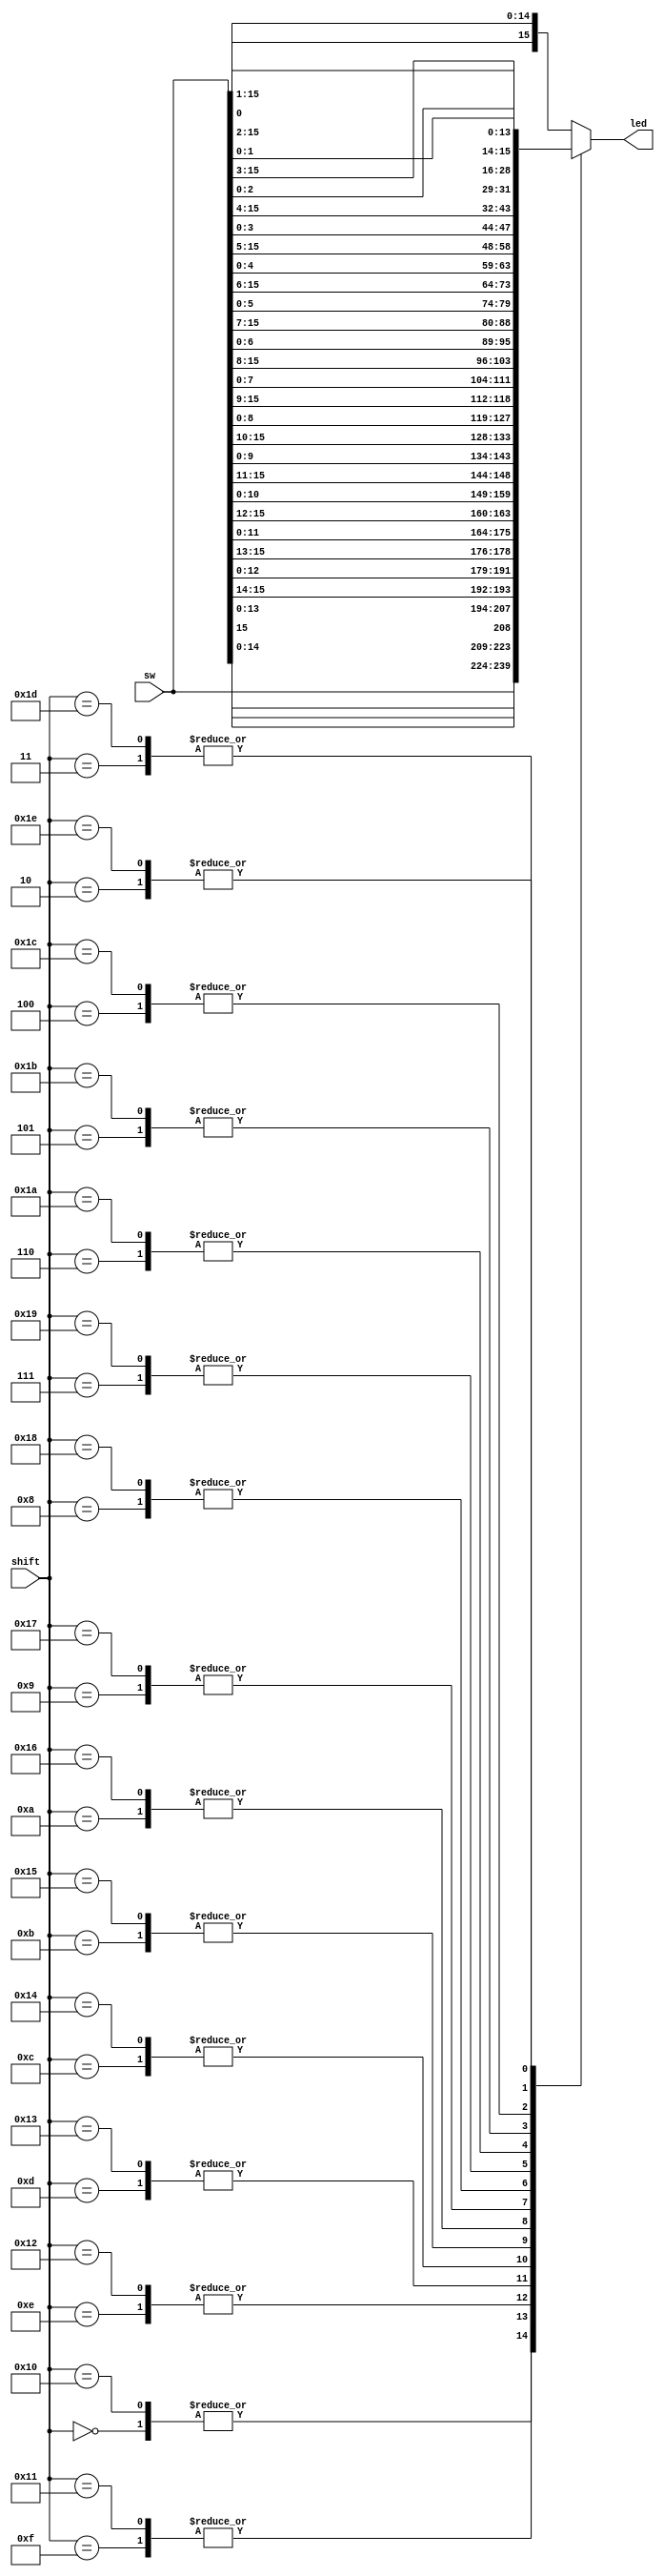
// Listing 3.18
module barrel_shifter_case_sim
   (
     input [15:0] sw,
     input [4:0] shift,
     output reg [15:0] led
    );

   // body
   always @* begin
      case(shift)
         5'b00000: led = sw;
         5'b00001: led = {sw[0], sw[15:1]};
         5'b00010: led = {sw[1:0], sw[15:2]};
         5'b00011: led = {sw[2:0], sw[15:3]};
         5'b00100: led = {sw[3:0], sw[15:4]};
         5'b00101: led = {sw[4:0], sw[15:5]};
         5'b00110: led = {sw[5:0], sw[15:6]};
         5'b00111: led = {sw[6:0], sw[15:7]};
         5'b01000: led = {sw[7:0], sw[15:8]};
         5'b01001: led = {sw[8:0], sw[15:9]};
         5'b01010: led = {sw[9:0], sw[15:10]};
         5'b01011: led = {sw[10:0], sw[15:11]};
         5'b01100: led = {sw[11:0], sw[15:12]};
         5'b01101: led = {sw[12:0], sw[15:13]};
         5'b01110: led = {sw[13:0], sw[15:14]};
         5'b01111: led = {sw[14:0], sw[15]};
         5'b10000: led = sw;
         5'b10001:led = {sw[14:0], sw[15]};
         5'b10010:led = {sw[13:0], sw[15:14]};
         5'b10011:led = {sw[12:0], sw[15:13]};
         5'b10100:led = {sw[11:0], sw[15:12]};
         5'b10101:led = {sw[10:0], sw[15:11]};
         5'b10110:led = {sw[9:0], sw[15:10]};
         5'b10111:led = {sw[8:0], sw[15:9]};
         5'b11000:led = {sw[7:0], sw[15:8]};
         5'b11001:led = {sw[6:0], sw[15:7]};
         5'b11010:led = {sw[5:0], sw[15:6]};
         5'b11011:led = {sw[4:0], sw[15:5]};
         5'b11100:led = {sw[3:0], sw[15:4]};
         5'b11101:led = {sw[2:0], sw[15:3]};
         5'b11110:led = {sw[1:0], sw[15:2]};
         default: led = {sw[0], sw[15:1]};
      endcase
end

endmodule